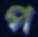
প